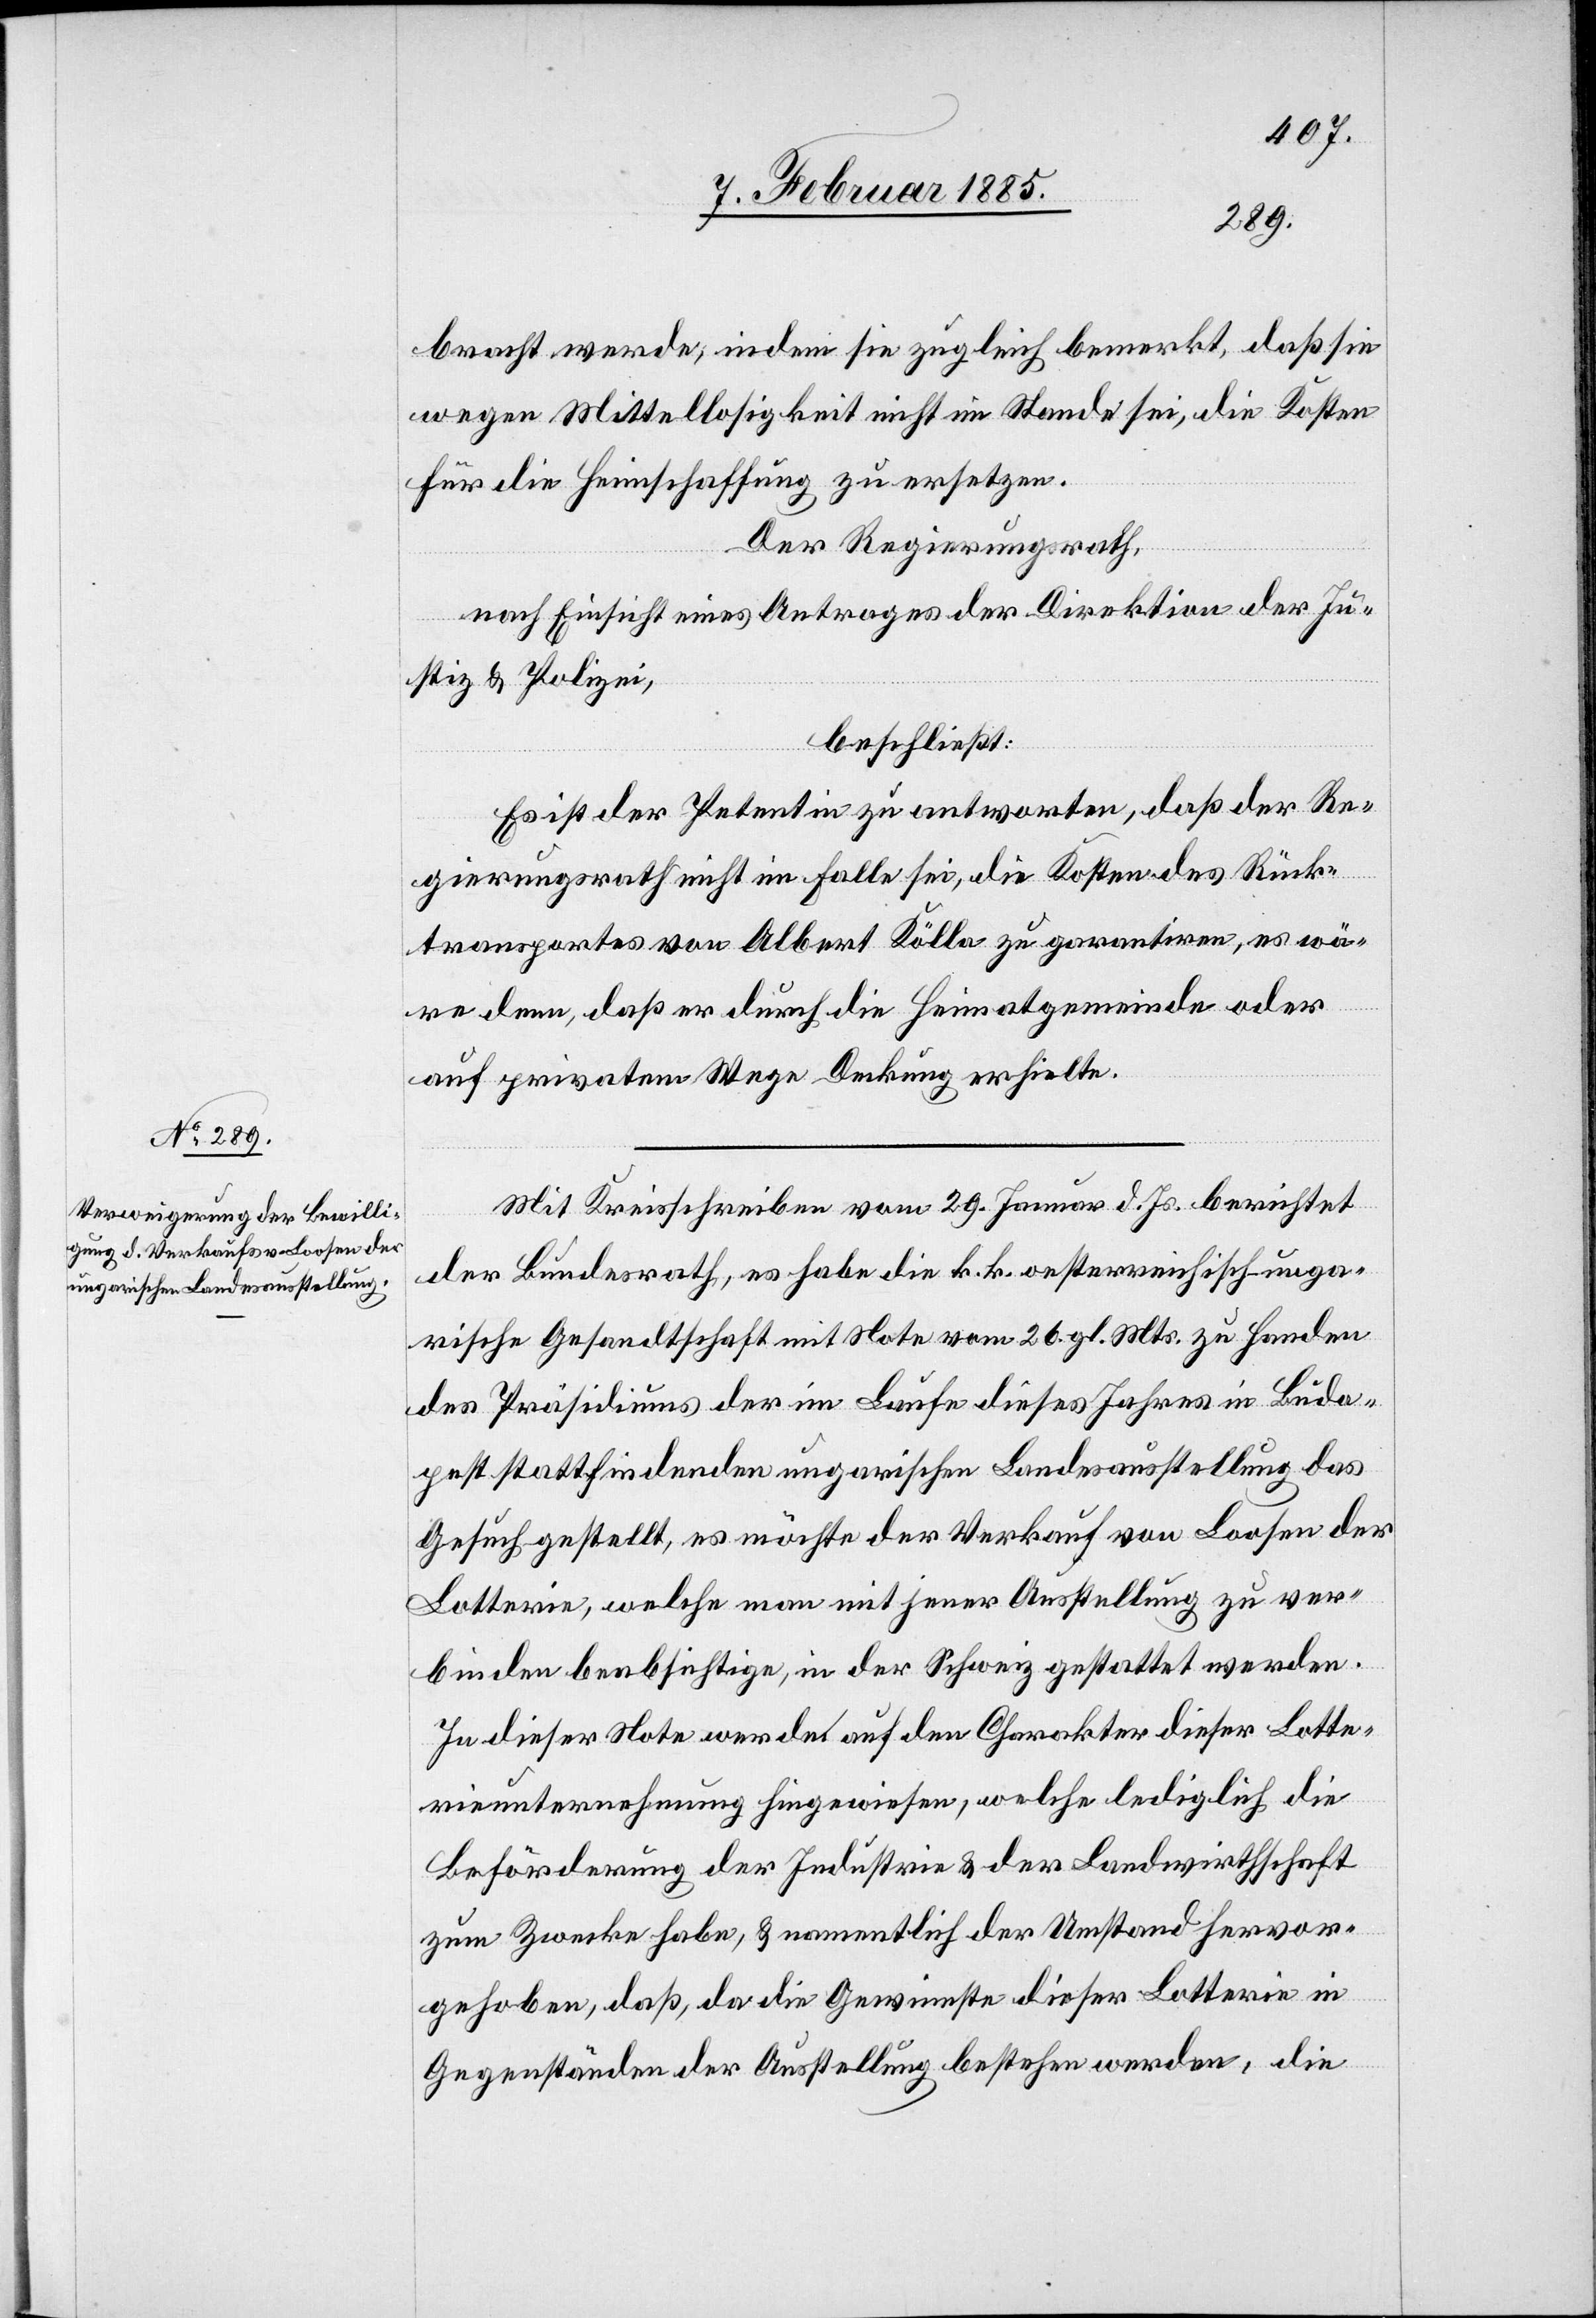
bracht werde, indem sie zugleich bemerkt, daß sie
wegen Mittellosigkeit nicht im Stande sei, die Kosten
für die Heimschaffung zu ersetzen.
Der Regierungsrath,
nach Einsicht eines Antrages der Direktion der Ju¬
stiz & Polizei,
beschließt:
Es ist der Petentin zu antworten, daß der Re¬
gierungsrath nicht im Falle sei, die Kosten des Rück¬
transportes von Albert Kölla zu garantiren, es wä¬
re denn, daß er durch die Heimatgemeinde oder
auf privatem Wege Deckung erhielte.
Mit Kreisschreiben vom 29. Januar d. Js. berichtet
der Bundesrath, es habe die k. k. oesterreichisch-unga¬
rische Gesandtschaft mit Note vom 26. gl. Mts. zu Handen
des Präsidiums der im Laufe dieses Jahres in Buda¬
pest stattfindenden ungarischen Landesausstellung das
Gesuch gestellt, es möchte der Verkauf von Loosen der
Lotterie, welche man mit jener Ausstellung zu ver¬
binden beabsichtige, in der Schweiz gestattet werden.
In dieser Note werde auf den Charakter dieser Lotte¬
rieunternehmung hingewiesen, welche lediglich die
Beförderung der Industrie & der Landwirthschaft
zum Zwecke habe, & namentlich der Umstand hervor¬
gehoben, daß, da die Gewinnste dieser Lotterie in
Gegenständen der Ausstellung bestehen werden, die